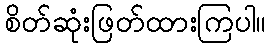
စိတ်ဆုံးဖြတ်ထားကြပါ။